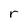
Character: r